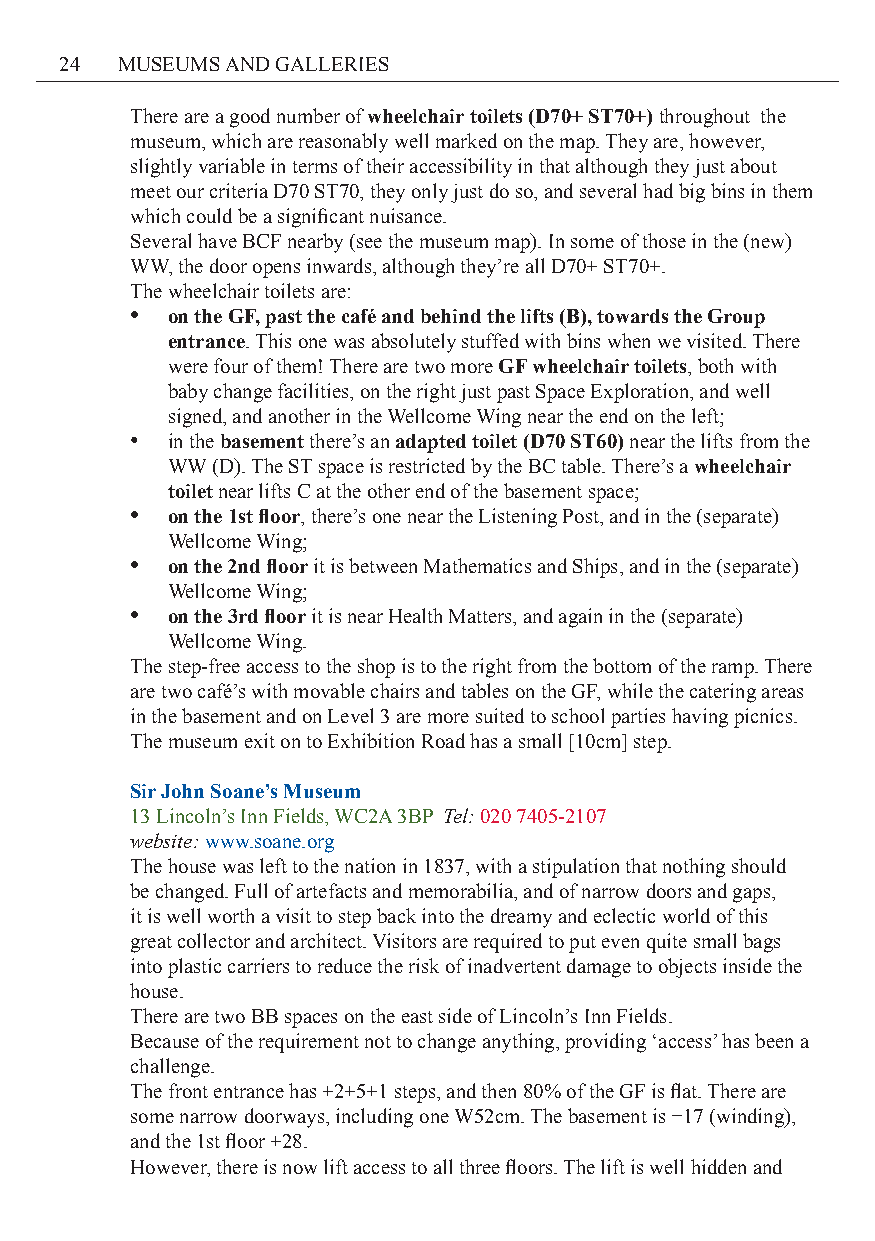
24  MUSEUMS AND GALLERIES
 There are a good number of wheelchair toilets (D70+ ST70+) throughout the
 museum, which are reasonably well marked on the map. They are, however,
 slightly variable in terms of their accessibility in that although they just about
 meet our criteria D70 ST70, they only just do so, and several had big bins in them
 which could be a significant nuisance.
 Several have BCF nearby (see the museum map). In some of those in the (new)
 WW, the door opens inwards, although they’re all D70+ ST70+.
 The wheelchair toilets are:
 • on the GF, past the café and behind the lifts (B), towards the Group
 entrance. This one was absolutely stuffed with bins when we visited. There
 were four of them! There are two more GF wheelchair toilets, both with
 baby change facilities, on the right just past Space Exploration, and well
 signed, and another in the Wellcome Wing near the end on the left;
 • in the basement there’s an adapted toilet (D70 ST60) near the lifts from the
 WW (D). The ST space is restricted by the BC table. There’s a wheelchair
 toilet near lifts C at the other end of the basement space;
 • on the 1st floor, there’s one near the Listening Post, and in the (separate)
 Wellcome Wing;
 • on the 2nd floor it is between Mathematics and Ships, and in the (separate)
 Wellcome Wing;
 • on the 3rd floor it is near Health Matters, and again in the (separate)
 Wellcome Wing.
 The step-free access to the shop is to the right from the bottom of the ramp. There
 are two café’s with movable chairs and tables on the GF, while the catering areas
 in the basement and on Level 3 are more suited to school parties having picnics.
 The museum exit on to Exhibition Road has a small [10cm] step.
 Sir John Soane’s Museum
 13 Lincoln’s Inn Fields, WC2A 3BP Tel: 020 7405-2107
 website: www.soane.org
 The house was left to the nation in 1837, with a stipulation that nothing should
 be changed. Full of artefacts and memorabilia, and of narrow doors and gaps,
 it is well worth a visit to step back into the dreamy and eclectic world of this
 great collector and architect. Visitors are required to put even quite small bags
 into plastic carriers to reduce the risk of inadvertent damage to objects inside the
 house.
 There are two BB spaces on the east side of Lincoln’s Inn Fields.
 Because of the requirement not to change anything, providing ‘access’ has been a
 challenge.
 The front entrance has +2+5+1 steps, and then 80% of the GF is flat. There are
 some narrow doorways, including one W52cm. The basement is −17 (winding),
 and the 1st floor +28.
 However, there is now lift access to all three floors. The lift is well hidden and